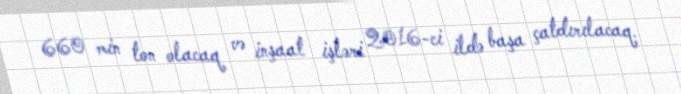
660 min ton olacaq və inşaat işləri 2016-ci ildə başa çatdırılacaq.